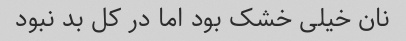
نان خیلی خشک بود اما در کل بد نبود